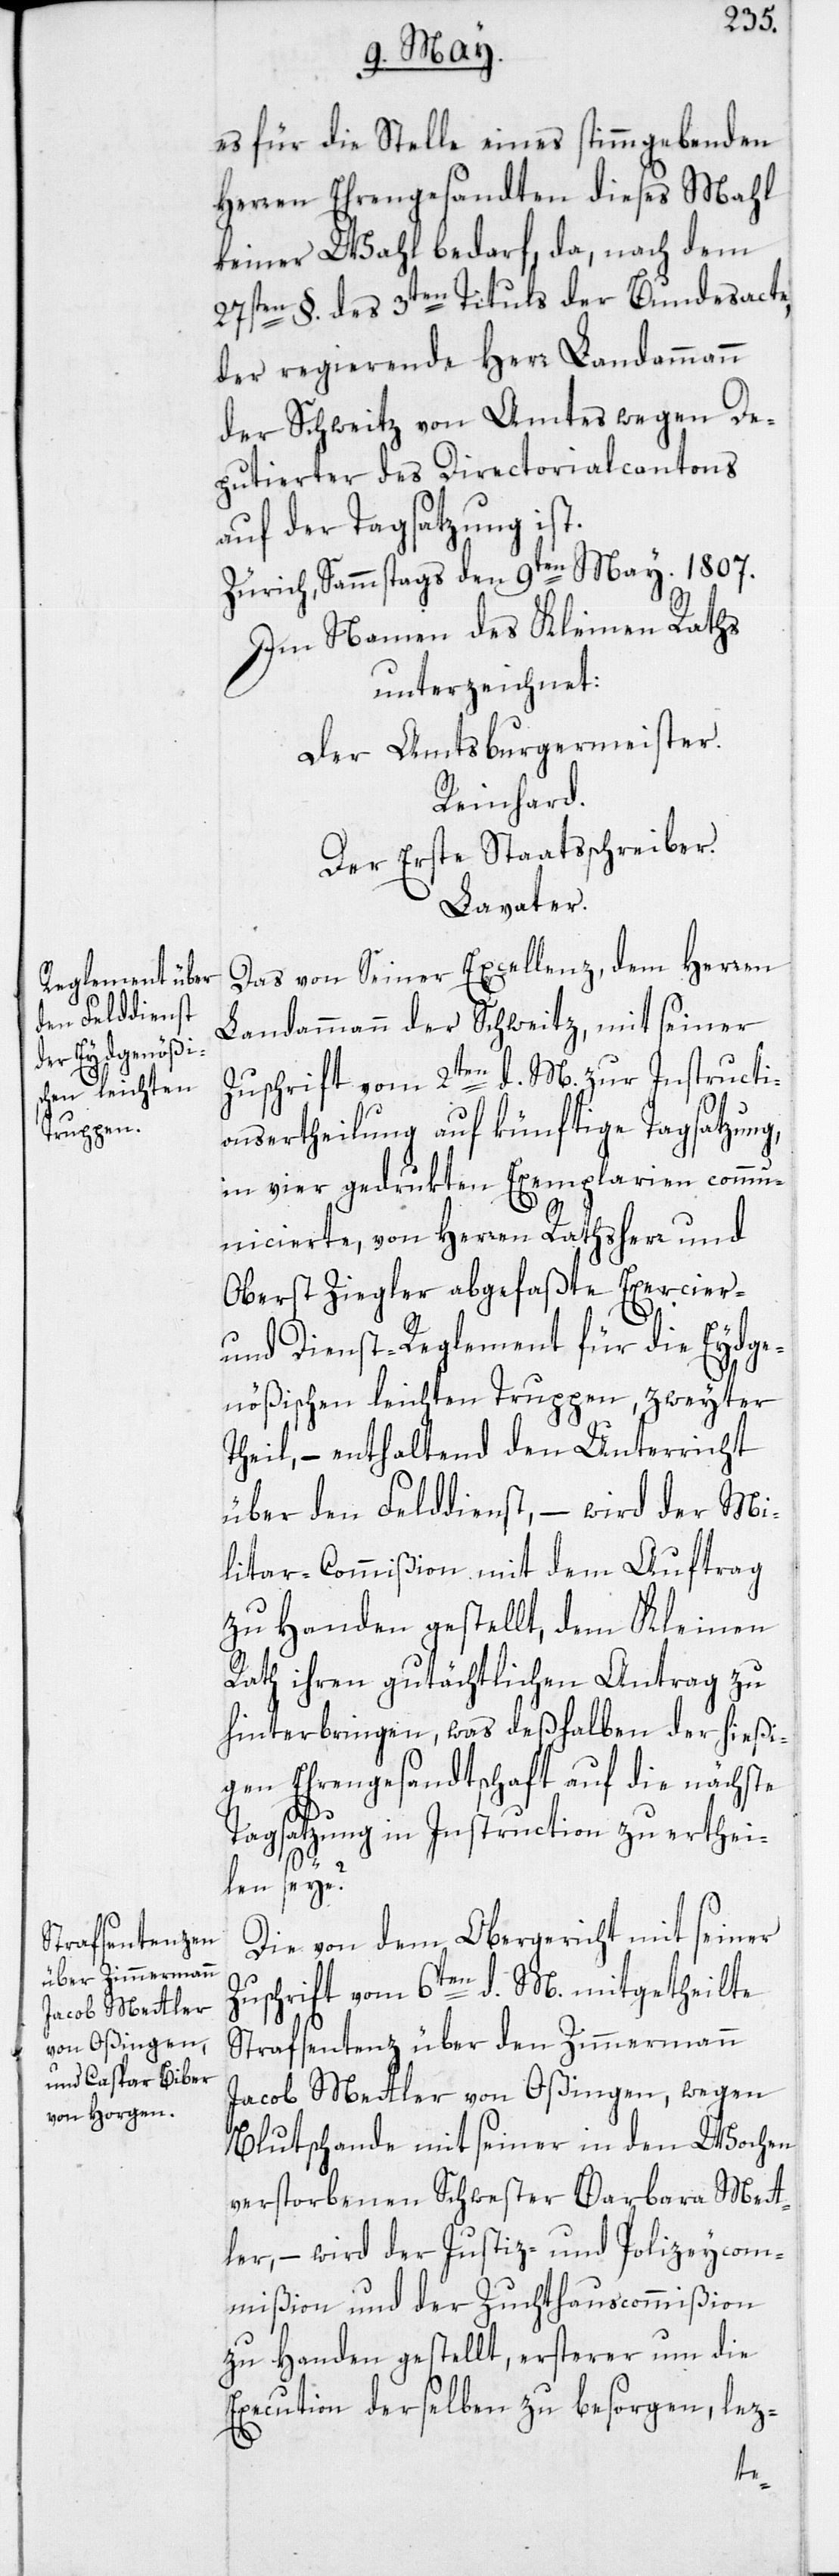
es für die Stelle eines stimmgebenden
Herren Ehrengesandten dieses Mahl
keiner Wahl bedarf, da, nach dem
27sten §. des 3ten Tituls der Bundesacte,
der regierende Herr Landammann
der Schweitz von Amtes wegen De¬
putierter des Directorialcantons
auf der Tagsatzung ist.
Zürich, Sammstags den 9ten May. 1807.
Im Namen des Kleinen Raths
unterzeichnet:
Der Amtsburgermeister.
Reinhard.
Der Erste Staatsschreiber.
Lavater.
Das von Seiner Excellenz, dem Herren
Landammann der Schweitz, mit seiner
Zuschrift vom 2ten d. M. zur Instructi¬
onsertheilung auf künftige Tagsatzung,
in vier gedrukten Exemplarien comm¬
unicierte, von Herren Rathsherr und
Oberst Ziegler abgefaßte Exercier-
und Dienst-Reglement für die Eydge¬
nößischen leichten Truppen, zweyter
Theil, – enthaltend den Unterricht
über den Felddienst, – wird der Mi¬
litar-Commißion mit dem Auftrag
zu Handen gestellt, dem Kleinen
Rath ihren gutächtlichen Antrag zu
hinterbringen, was deßhalben der hießi¬
gen Ehrengesandtschaft auf die nächste
Tagsatzung in Instruction zu erthei¬
len seye?
Die von dem Obergericht mit seiner
Zuschrift vom 6ten d. M. mitgetheilte
Strafsentenz über den Zimmermann
Jacob Mettler von Oßingen, wegen
Blutschande mit seiner in den Wochen
verstorbenen Schwester Barbara Mett¬
ler, – wird der Justiz- und Polizeycom¬
mißion und der Zuchthauscommißion
zu Handen gestellt, ersterer um die
Execution derselben zu besorgen, lez-